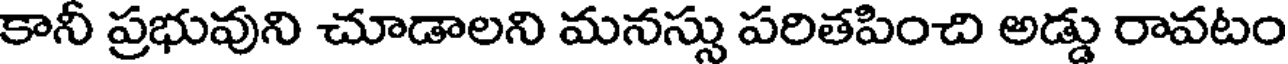
కానీ ప్రభువుని చూడాలని మనస్సు పరితపించి అడ్డు రావటం